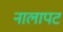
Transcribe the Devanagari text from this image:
नालापट